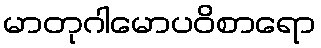
မာတုဂါမောပဝိစာရော